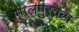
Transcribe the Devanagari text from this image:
मालपुरवठा